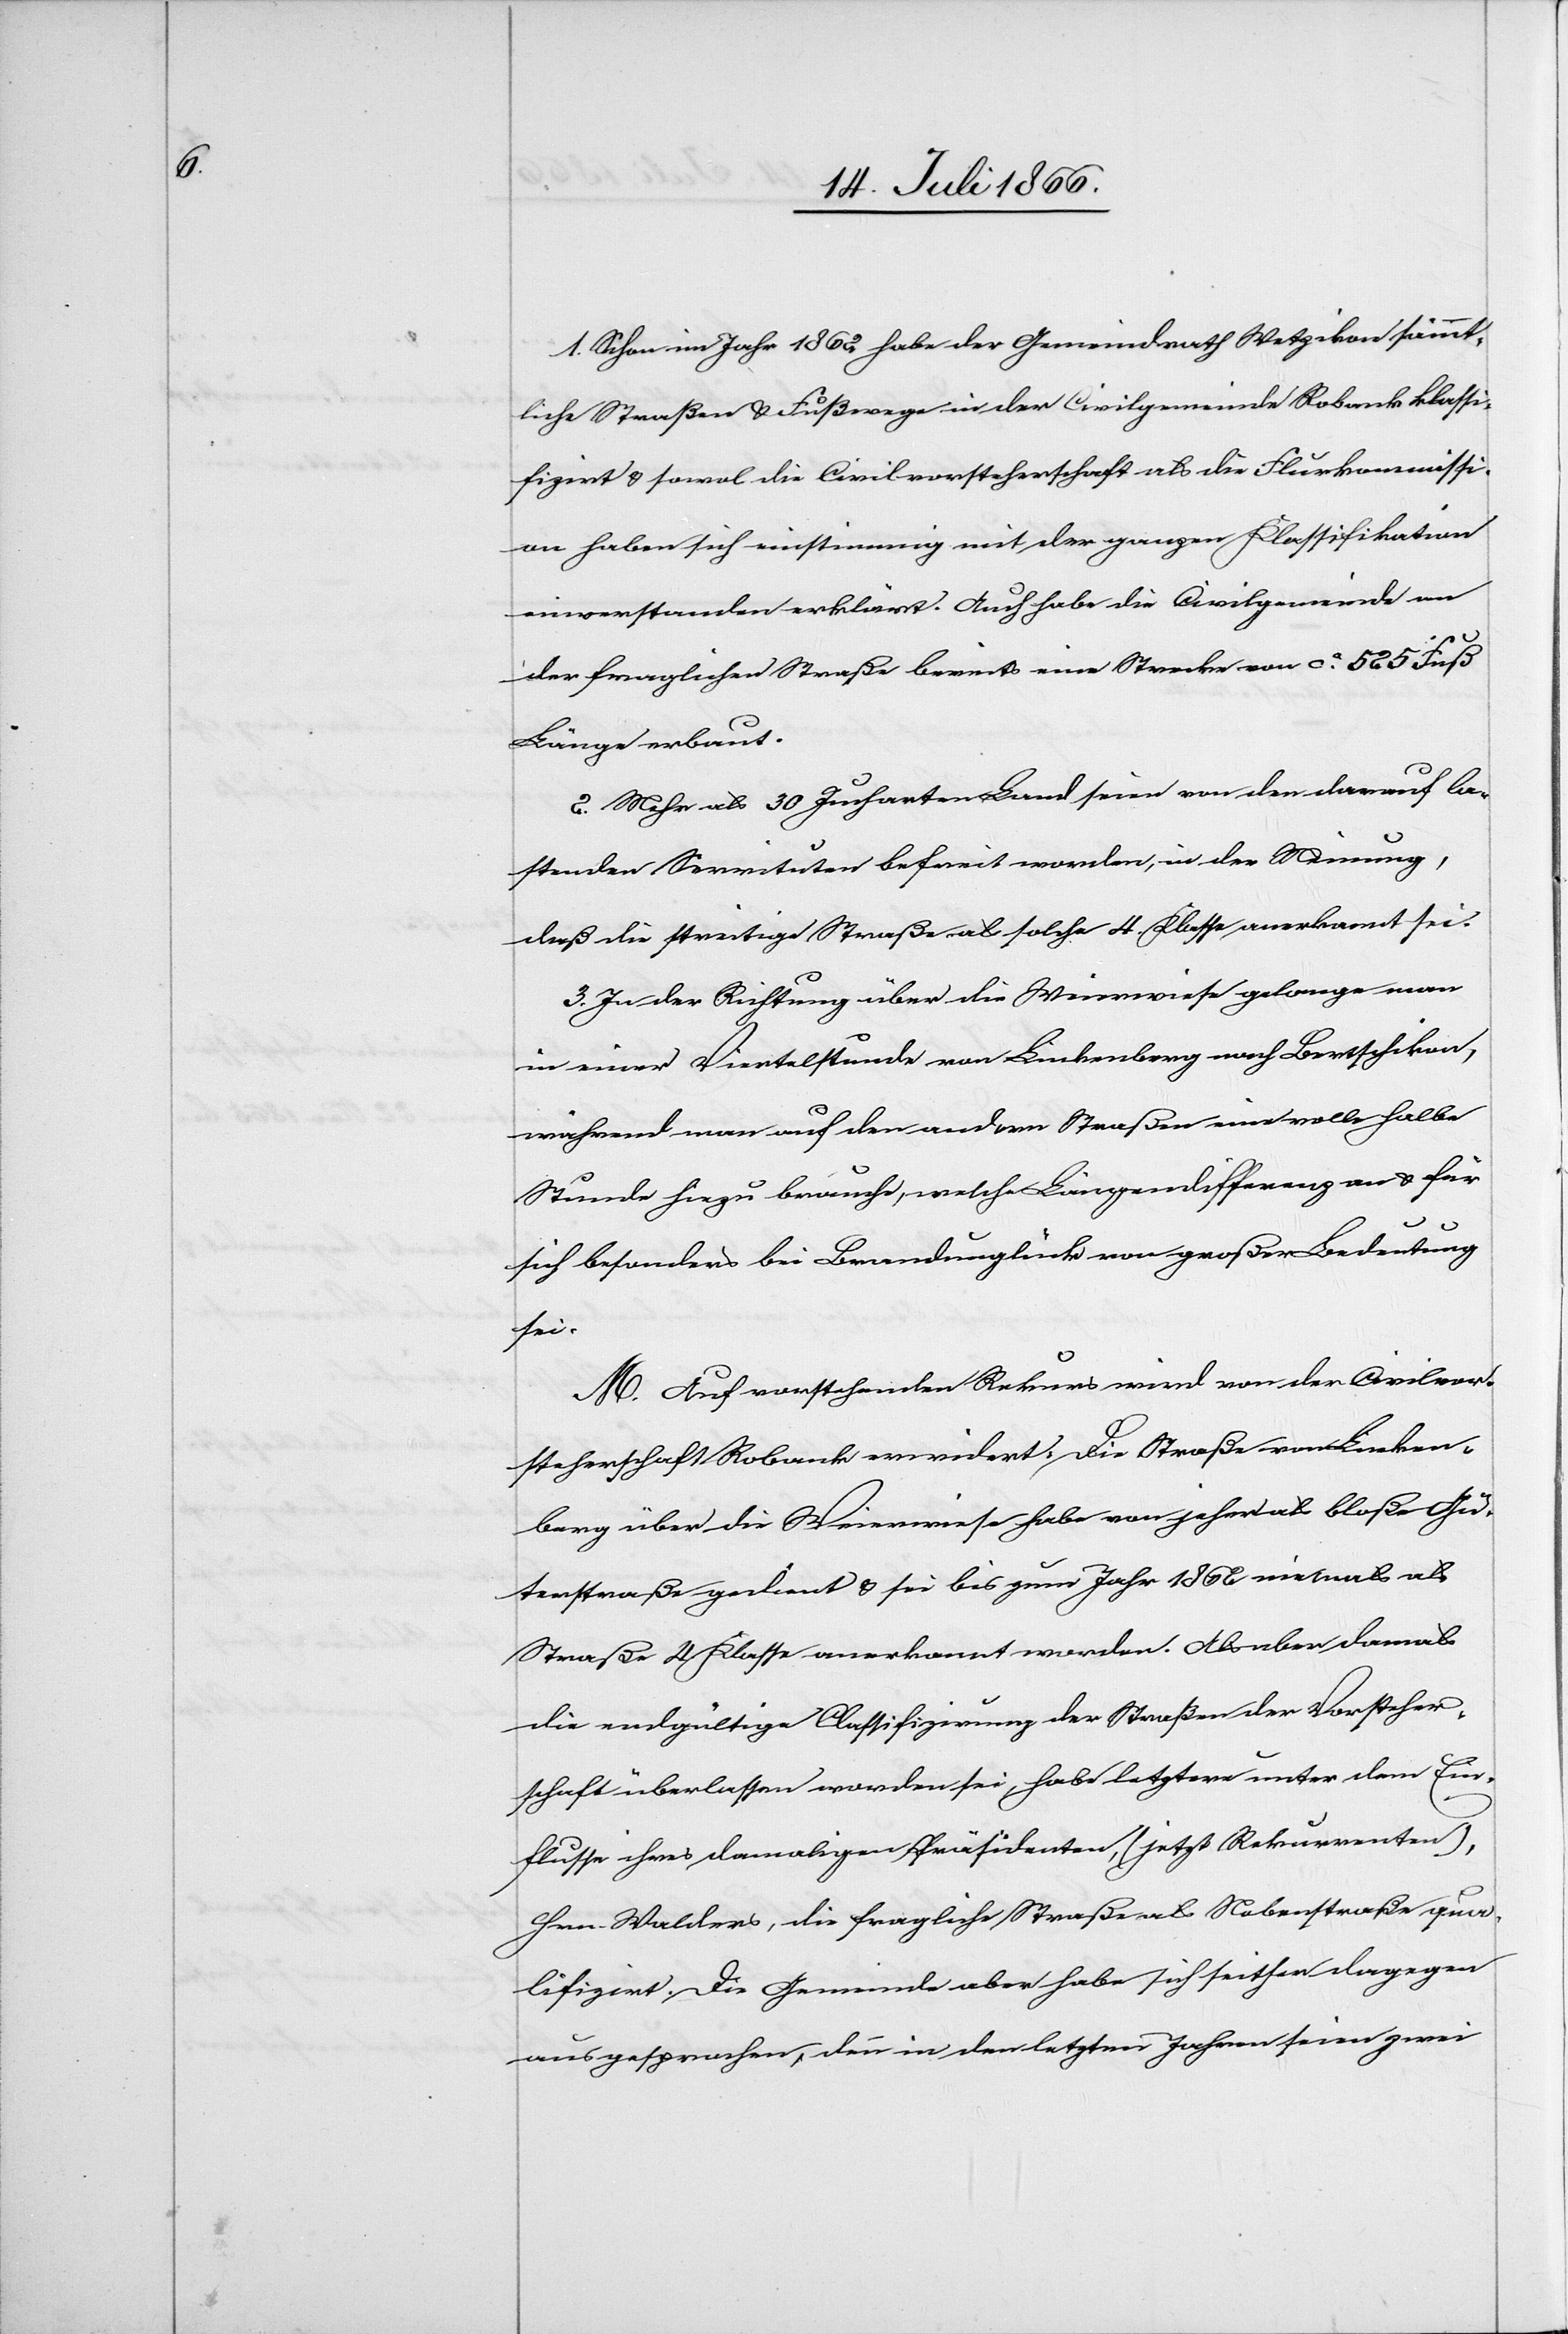
1. Schon im Jahr 1862 habe der Gemeindrath Wetzikon sämmt¬
liche Straßen u. Fußwege in der Civilgemeinde Robank klassi¬
fizirt u. sowol die Civilvorsteherschaft als die Flurkommissi¬
on haben sich einstimmig mit der ganzen Klassifikation
einverstanden erklärt. Auch habe die Civilgemeinde an
der fraglichen Straße bereits eine Strecke von ca. 525 Fuß
Länge erbaut.
2. Mehr als 30 Jucharten Land seien von den darauf la¬
stenden Servituten befreit worden, in der Meinung,
daß die streitige Straße als solche 4. Klasse anerkannt sei.
3. In der Richtung über die Weierwiese gelange man
in einer Viertelstunde von Linkenberg nach Bertschikon,
während man auf der andern Straße eine volle halbe
Stunde hiezu brauche, welche Längendifferenz an u. für
sich besonders bei Brandunglück von großer Bedeutung
sei.
M. Auf vorstehenden Rekurs wird von der Civilvor¬
steherschaft Robank erwiedert, die Straße von Linken¬
berg über die Weierwiese habe von jeher als bloße Gü¬
terstraße gedient u. sei bis zum Jahr 1860 vielmals als
Straße 4. Klasse anerkannt worden. Als aber damals
die endgültige Classifizirung der Straße der Vorsteher¬
schaft überlassen worden sei, habe letztere unter dem Ein¬
flusse ihres damaligen Präsidenten, (jetzt Rekurrenten),
Hrn. Walder, die fragliche Straß als Nebenstraße qua¬
lifizirt. Die Gemeinde aber habe sich seither dagegen
ausgesprochen, denn in den letzten Jahren seien zwei